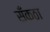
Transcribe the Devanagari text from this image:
सँकठा